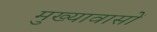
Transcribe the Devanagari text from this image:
मुख्यावासों